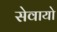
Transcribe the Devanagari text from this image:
सेवायो